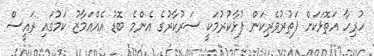
ހުރިހާ އަތޮޅަކަށް ފަތުރުވެރިކަން ފުޅާކުރުމަކީ ސަރުކާރުގެ އެންމެ ބޮޑު އެއްއަމާޒު ކަމުގައި ރައީސް